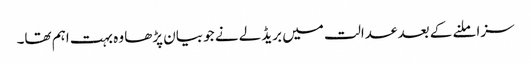
سزا ملنے کے بعد عدالت میں بریڈلے نے جو بیان پڑھا وہ بہت اہم تھا۔